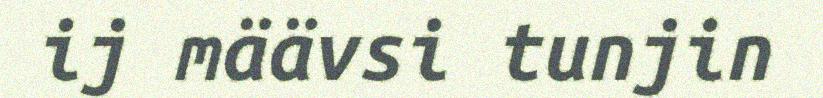
ij määvsi tunjin